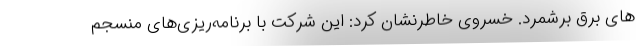
های برق برشمرد. خسروی خاطرنشان کرد: این شرکت با برنامه‌ریزی‌های منسجم